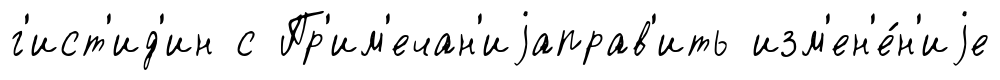
г'ист'ид'ин с Пр'им'ечан'иjаправ'ить изм'ен'е́н'иjе